Statistical return of the lunatic asylum in Assam - 1912-1932
Year: 1912
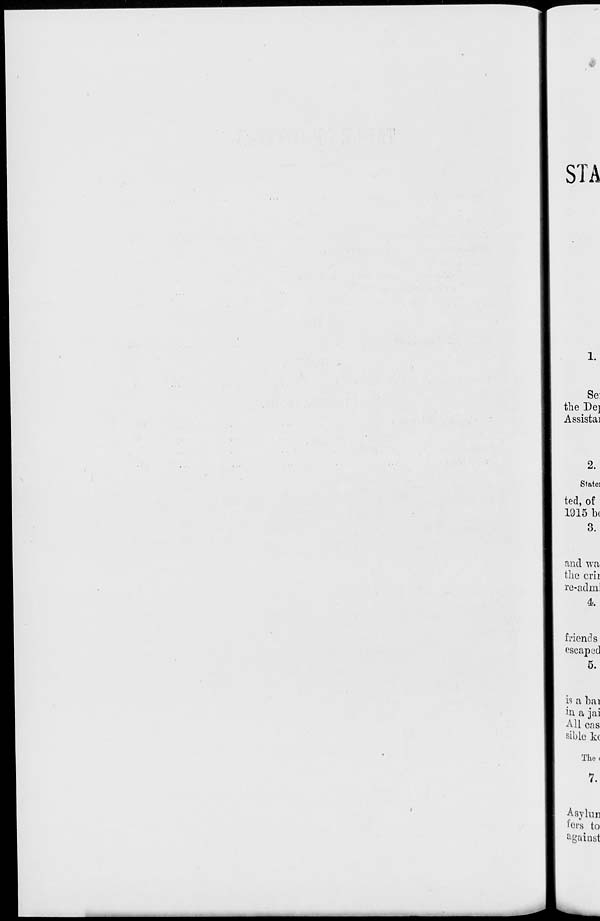
STA
1.
Se:
the Dej
Assistai
2.
State)
ted, of
1915 b(
3.
and wa
the crii
ve-admi
4.
friends
escaped
5.
is a bai
in a jai
All ens
sible kc
Tho<
7.
Asylun
fors to
gainst